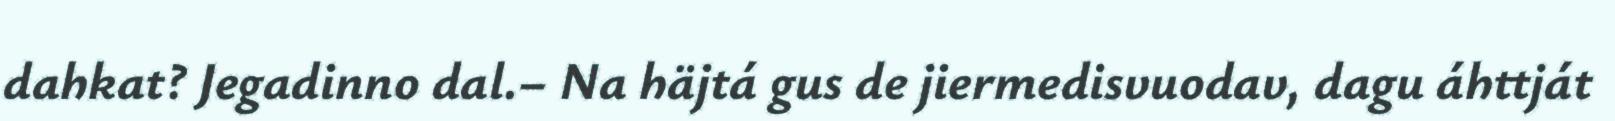
dahkat? Jegadinno dal.– Na häjtá gus de jiermedisvuodav, dagu áhttját